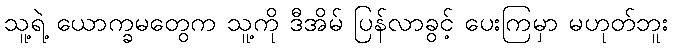
သူ့ရဲ့ ယောက္ခမတွေက သူ့ကို ဒီအိမ် ပြန်လာခွင့် ပေးကြမှာ မဟုတ်ဘူး